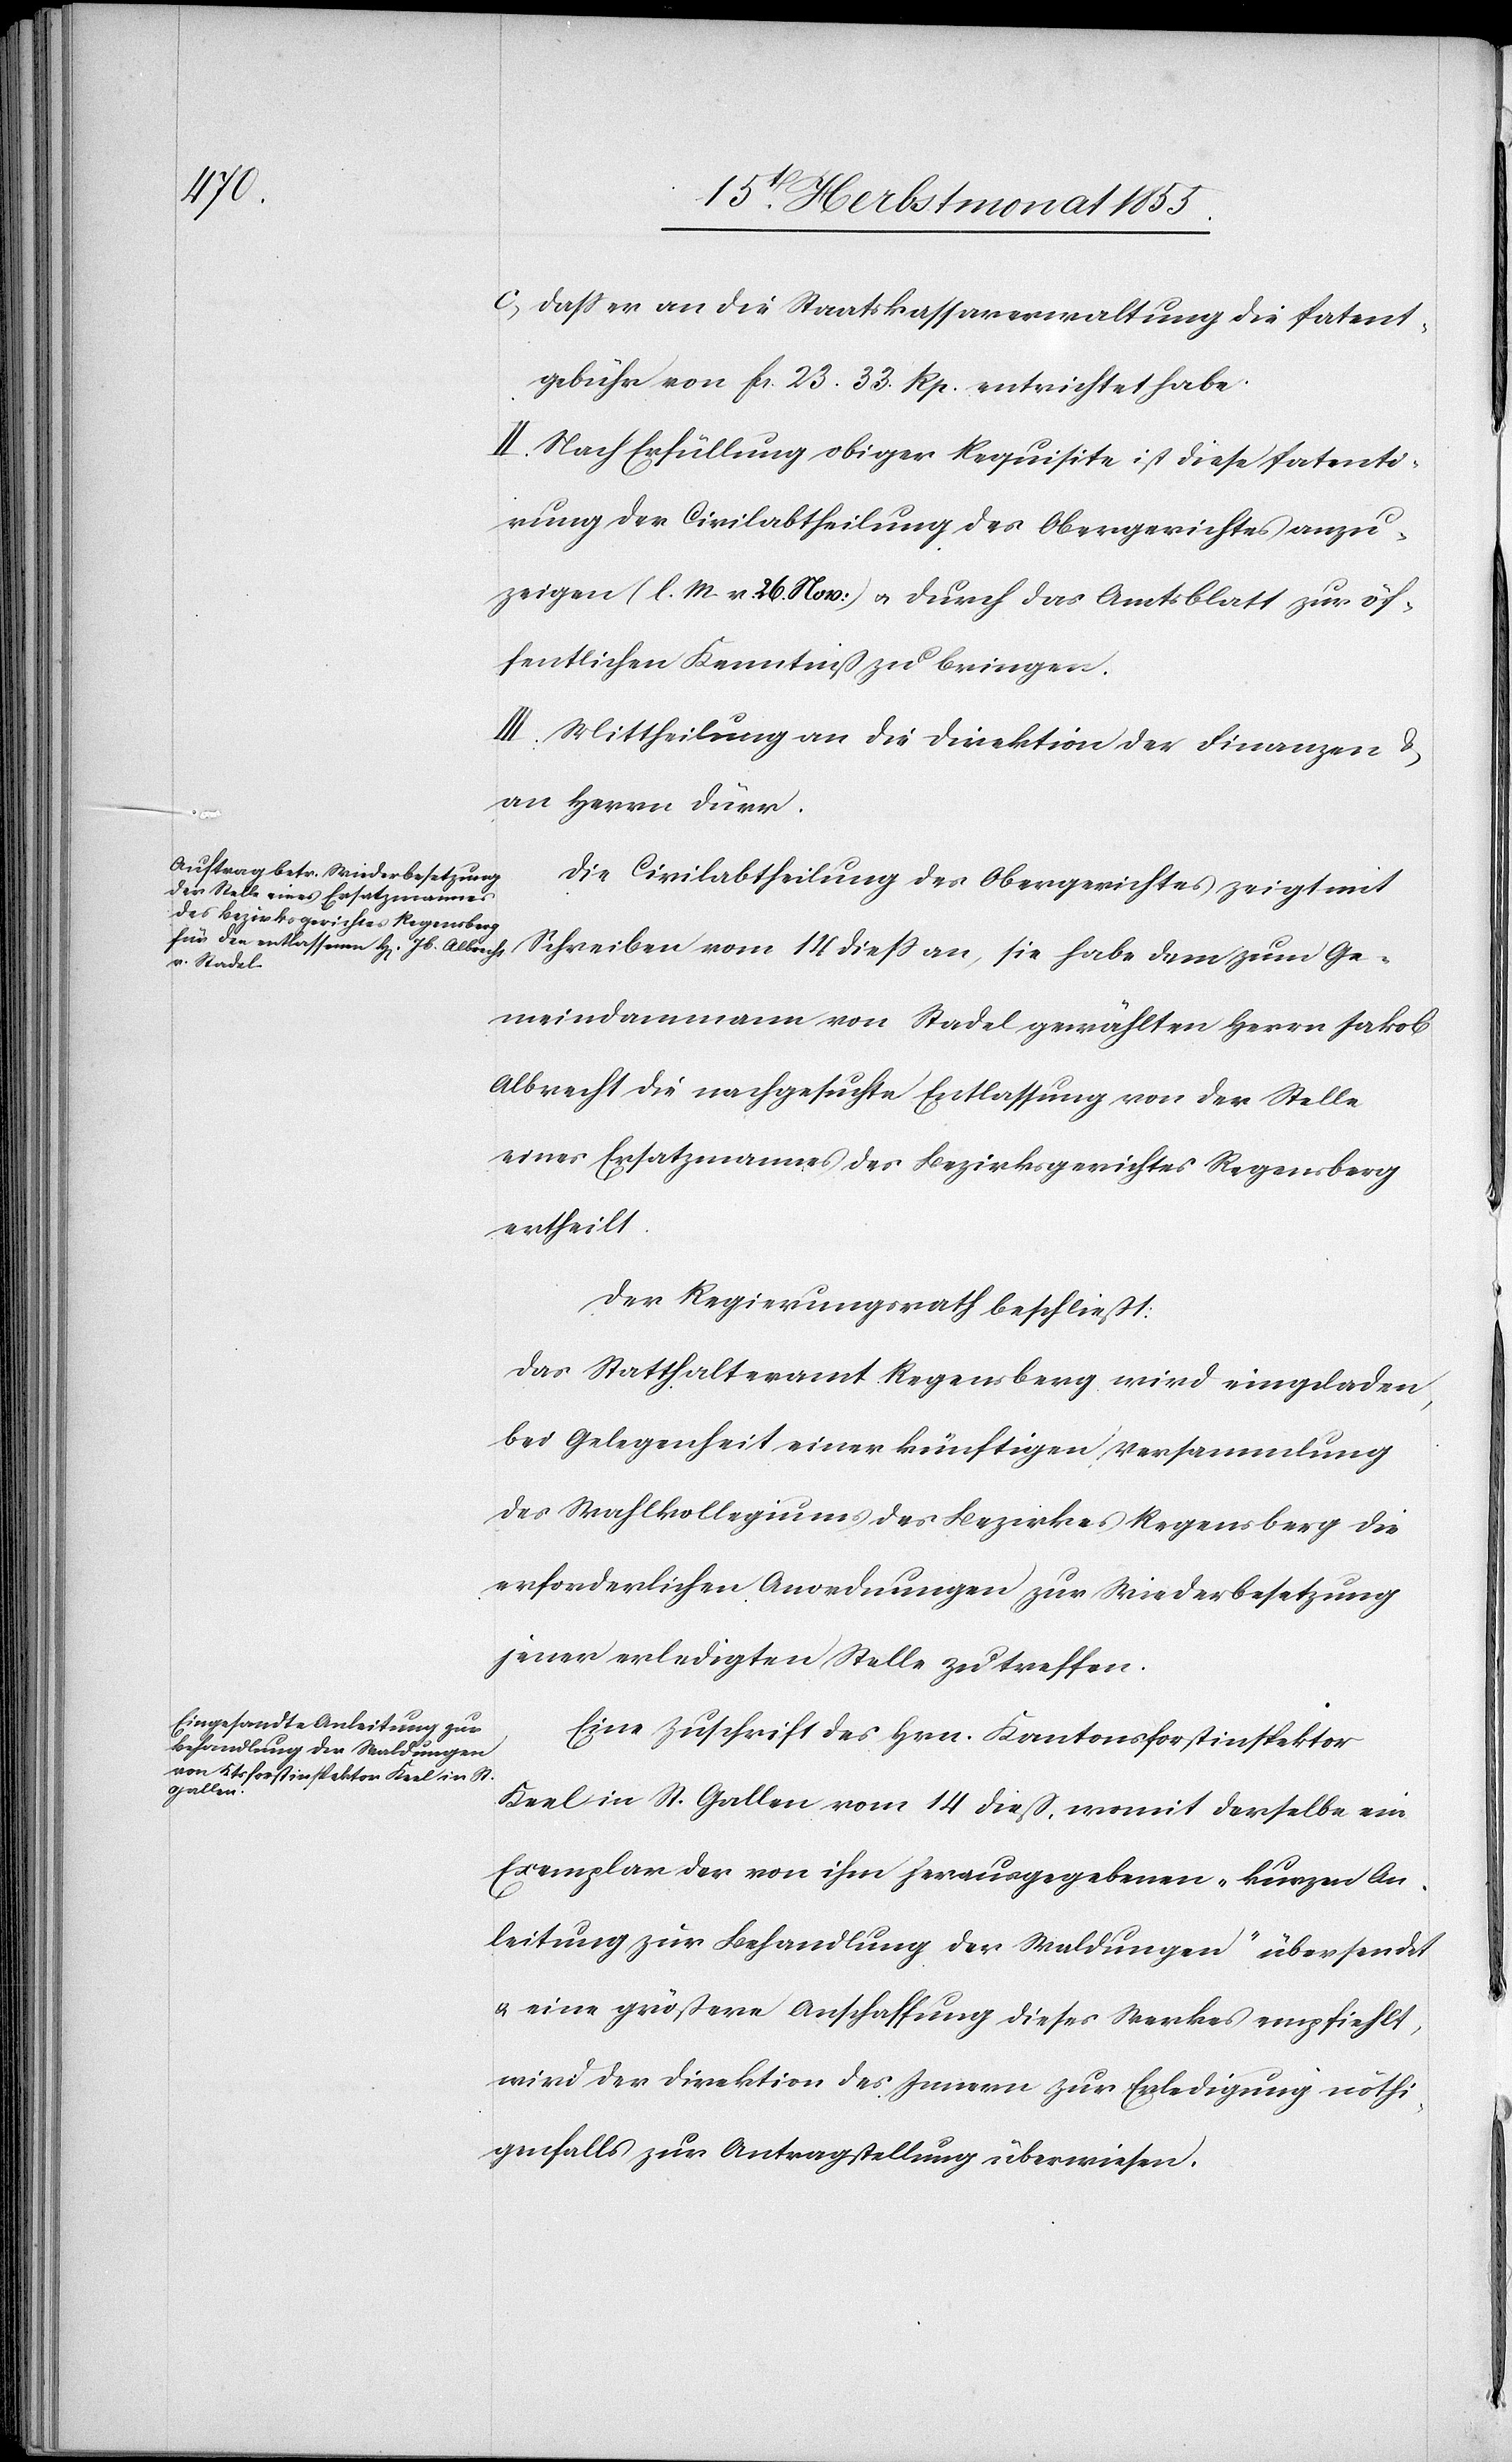
dass er an die Staatskassaverwaltung die Patent¬
gebühr von Fcs. 23. 33. Rp. entrichtet habe.
II. Nach Erfüllung obiger Requisite ist diese Patenti¬
rung der Civilabtheilung des Obergerichtes anzu¬
zeigen (l. M. v. 26. Nov:) & durch das Amtsblatt zur öf¬
fentlichen Kenntniß zu bringen.
III. Mittheilung an die Direktion der Finanzen &
an Herrn Dürr.
Die Civilabtheilung des Obergerichtes zeigt mit
Schreiben vom 14 diess an, sie habe dem zum Ge¬
meindammann von Stadel gewählten Herrn Jakob
Albrecht die nachgesuchte Entlassung von der Stelle
eines Ersatzmannes des Bezirksgerichtes Regensberg
ertheilt.
Der Regierungsrath beschließt:
Das Statthalteramt Regensberg wird eingeladen,
bei Gelegenheit einer künftigen Versammlung
des Wahlkollegiums des Bezirkes Regensberg die
erforderlichen Anordnungen zur Wiederbesetzung
jener erledigten Stelle zu treffen.
Eine Zuschrift des Hrn. Kantonsforstinspektor
Keel in St. Gallen vom 14 dieß, womit derselbe ein
Exemplar der von ihm herausgegebenen „kurzen An¬
leitung zur Behandlung der Waldungen“ übersendet
& eine größere Anschaffung dieses Werkes empfiehlt,
wird der Direktion des Innern zur Erledigung nöthi¬
genfalls zur Antragstellung überwiesen.